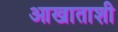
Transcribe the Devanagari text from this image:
आखाताशी